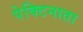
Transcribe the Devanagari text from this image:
पेक्टिनाता